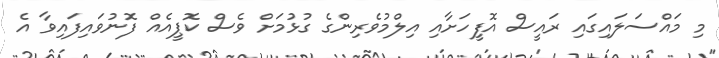
މި މައްސަލައިގައި ރައީސް އޮފީހަށާއި އިލްމުވެރިންގެ ގުޅުމަށް ވެސް ކޮޕީއެއް ފޮނުވައިފައިވާ އެ